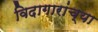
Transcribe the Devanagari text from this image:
विदागारांच्या